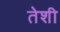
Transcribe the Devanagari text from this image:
तेशी